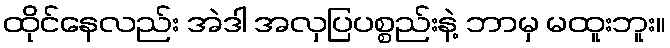
ထိုင်နေလည်း အဲဒါ အလှပြပစ္စည်းနဲ့ ဘာမှ မထူးဘူး။